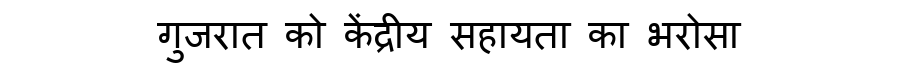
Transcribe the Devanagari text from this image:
गुजरात को केंद्रीय सहायता का भरोसा